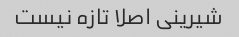
شیرینی اصلا تازه نیست